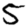
Digit: 5